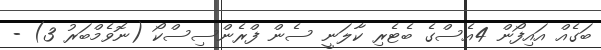
ބަގެއް އައިފޯން 4އެސްގެ ބެޓެރި ކާލަނީ ސެން ފްރެންސިސްކޯ (ނޮވެމްބަރު 3) -